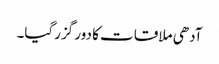
آدھی ملاقات کا دور گزرگیا۔